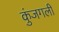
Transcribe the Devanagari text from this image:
कुंजगली